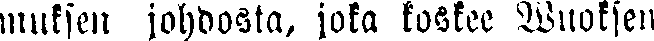
muksen johdosta, joka koskee Wuoksen